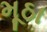
મૂઠા